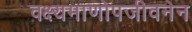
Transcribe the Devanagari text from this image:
वक्ष्यमाणोपजीवनेन